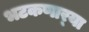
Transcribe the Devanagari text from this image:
भटकणार्‍या